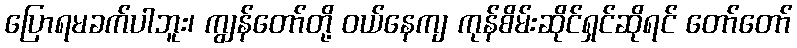
ပြောရမခက်ပါဘူး၊ ကျွန်တော်တို့ ဝယ်နေကျ ကုန်စိမ်းဆိုင်ရှင်ဆိုရင် တော်တော်